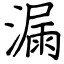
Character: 漏